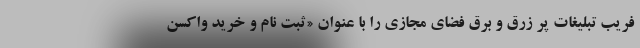
فریب تبلیغات پر زرق و برق فضای مجازی را با عنوان «ثبت نام و خرید واکسن